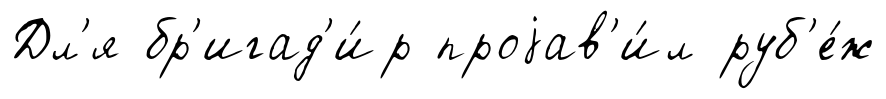
Дл'я бр'игад'и́р проjав'и́л руб'е́ж